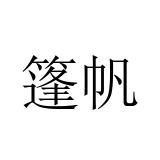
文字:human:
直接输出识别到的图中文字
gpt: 篷帆